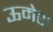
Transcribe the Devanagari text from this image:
ऊमेश